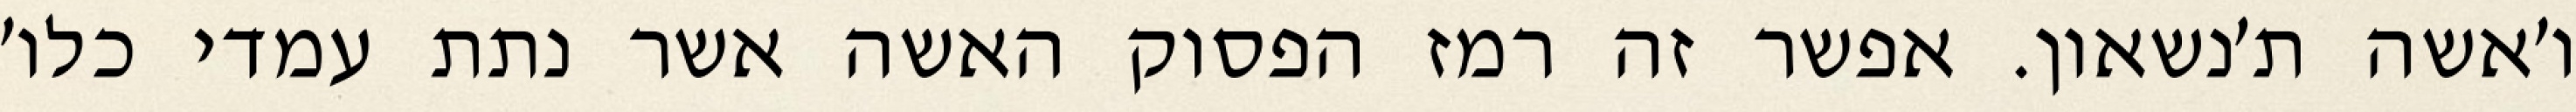
ו׳אשה ת׳נשאון. אפשר זה רמז הפסוק האשה אשר נתת עמדי כלו׳